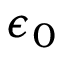
\epsilon _ { 0 }